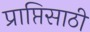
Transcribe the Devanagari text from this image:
प्राप्तिसाठी